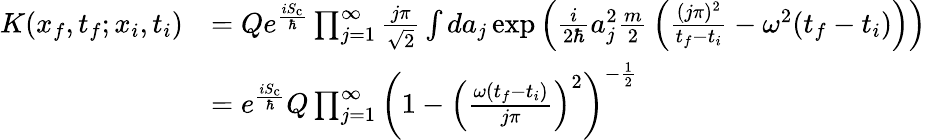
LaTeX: {\begin{array}{rl}{K(x_{f},t_{f};x_{i},t_{i})}&{=Qe^{\frac{iS_{\mathrm{c}}}{\hbar}}\prod_{j=1}^{\infty}{\frac{j\pi}{\sqrt{2}}}\int da_{j}\exp{\left({\frac{i}{2\hbar}}a_{j}^{2}{\frac{m}{2}}\left({\frac{(j\pi)^{2}}{t_{f}-t_{i}}}-\omega^{2}(t_{f}-t_{i})\right)\right)}}\\ &{=e^{\frac{iS_{\mathrm{c}}}{\hbar}}Q\prod_{j=1}^{\infty}\left(1-\left({\frac{\omega(t_{f}-t_{i})}{j\pi}}\right)^{2}\right)^{-{\frac{1}{2}}}}\end{array}}